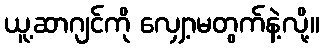
ယူ့ဆာဂျင်ကို လျှော့မတွက်နဲ့လို့။